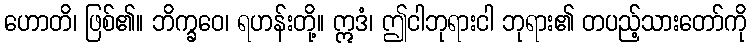
ဟောတိ၊ ဖြစ်၏။ ဘိက္ခဝေ၊ ရဟန်းတို့။ ဣဒံ၊ ဤငါဘုရားငါ ဘုရား၏ တပည့်သားတော်ကို